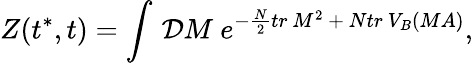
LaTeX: Z(t^{*},t)=\int\, {\cal D}M\ e^{-{\frac{N}{2}}tr~M^{2}\ +\ Ntr~V_{B}(MA)},